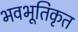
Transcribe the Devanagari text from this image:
भवभूतिकृत